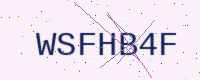
Text: WSFHB4F